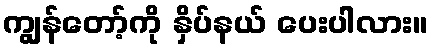
ကျွန်တော့်ကို နှိပ်နယ် ပေးပါလား။